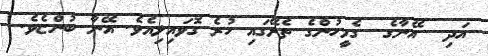
އަދި  އޭނާގެ  ގެމީހުންގެ ތެރޭގައި ހުރެ ގޮވައިލިއެވެ. އޭނާ ބުންޏެވެ.